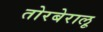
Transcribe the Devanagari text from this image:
तोरबेरालू